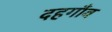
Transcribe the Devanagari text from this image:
दहगाँव